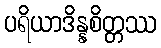
ပရိယာဒိန္နစိတ္တဿ